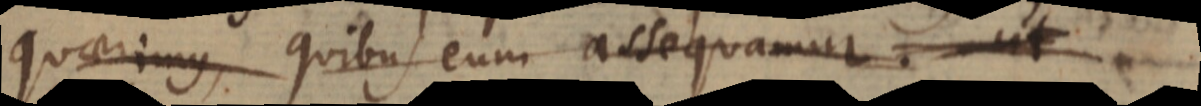
quaerimus, quibus eum assequamur. ut